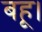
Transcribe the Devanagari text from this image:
बहू।